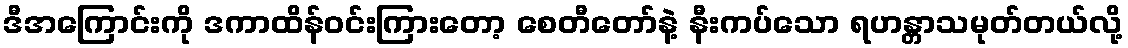
ဒီအကြောင်းကို ဒကာထိန်ဝင်းကြားတော့ စေတီတော်နဲ့ နီးကပ်သော ရဟန္တာသမုတ်တယ်လို့